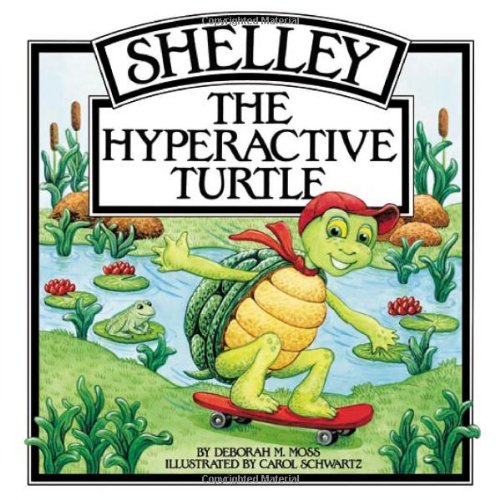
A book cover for Shelley, the Hyperactive Turtle; Deborah Moss; Children's Books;